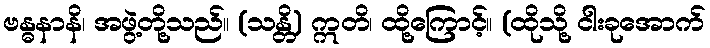
ဗန္ဓနာနိ၊ အဖွဲ့တို့သည်။ (သန္တိ) ဣတိ၊ ထို့ကြောင့်။ (ထိုသို့ ငါးခုအောက်